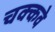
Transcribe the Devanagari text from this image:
चक्‍कवे